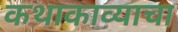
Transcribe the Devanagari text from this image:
कथाकाव्याचा